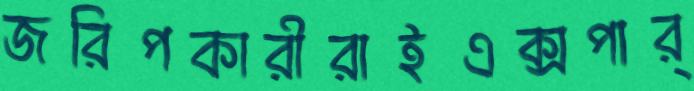
জরিপকারীরাইএক্সপার্